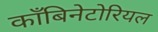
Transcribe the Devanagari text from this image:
काँबिनेटोरियल